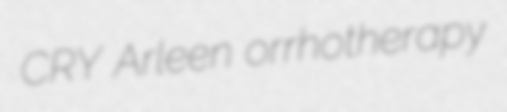
CRY Arleen orrhotherapy